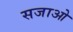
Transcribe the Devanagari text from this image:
सजाओ